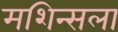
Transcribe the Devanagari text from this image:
मशिन्सला